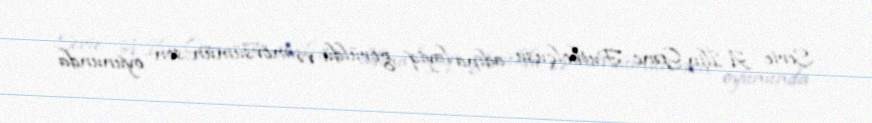
Serie A İlin Gənc Futbolçusu adına layiq görüldü və mövsümün son oyununda